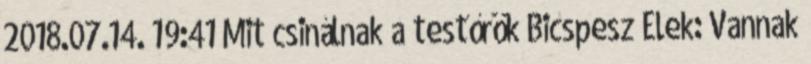
2018.07.14. 19:41 Mit csinálnak a testőrök Bicspesz Elek: Vannak